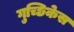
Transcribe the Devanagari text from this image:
गुच्छिकेस